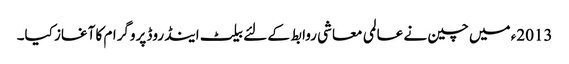
2013ء میں چین نے عالمی معاشی روابط کے لئے بیلٹ اینڈ روڈ پروگرام کا آغاز کیا۔